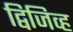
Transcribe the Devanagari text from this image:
द्विजिव्ह